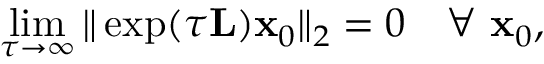
\operatorname* { l i m } _ { \tau \to \infty } \| \exp ( \tau \mathbf { L } ) \mathbf { x } _ { 0 } \| _ { 2 } = 0 \quad \forall \ \mathbf { x } _ { 0 } ,